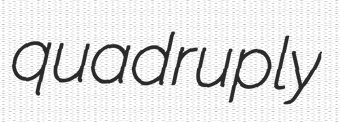
quadruply